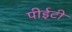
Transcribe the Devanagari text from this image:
पीईटी